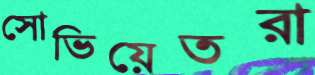
সোভিয়েতরা